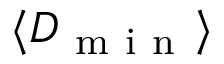
\langle D _ { \mathrm { ~ m ~ i ~ n ~ } } \rangle